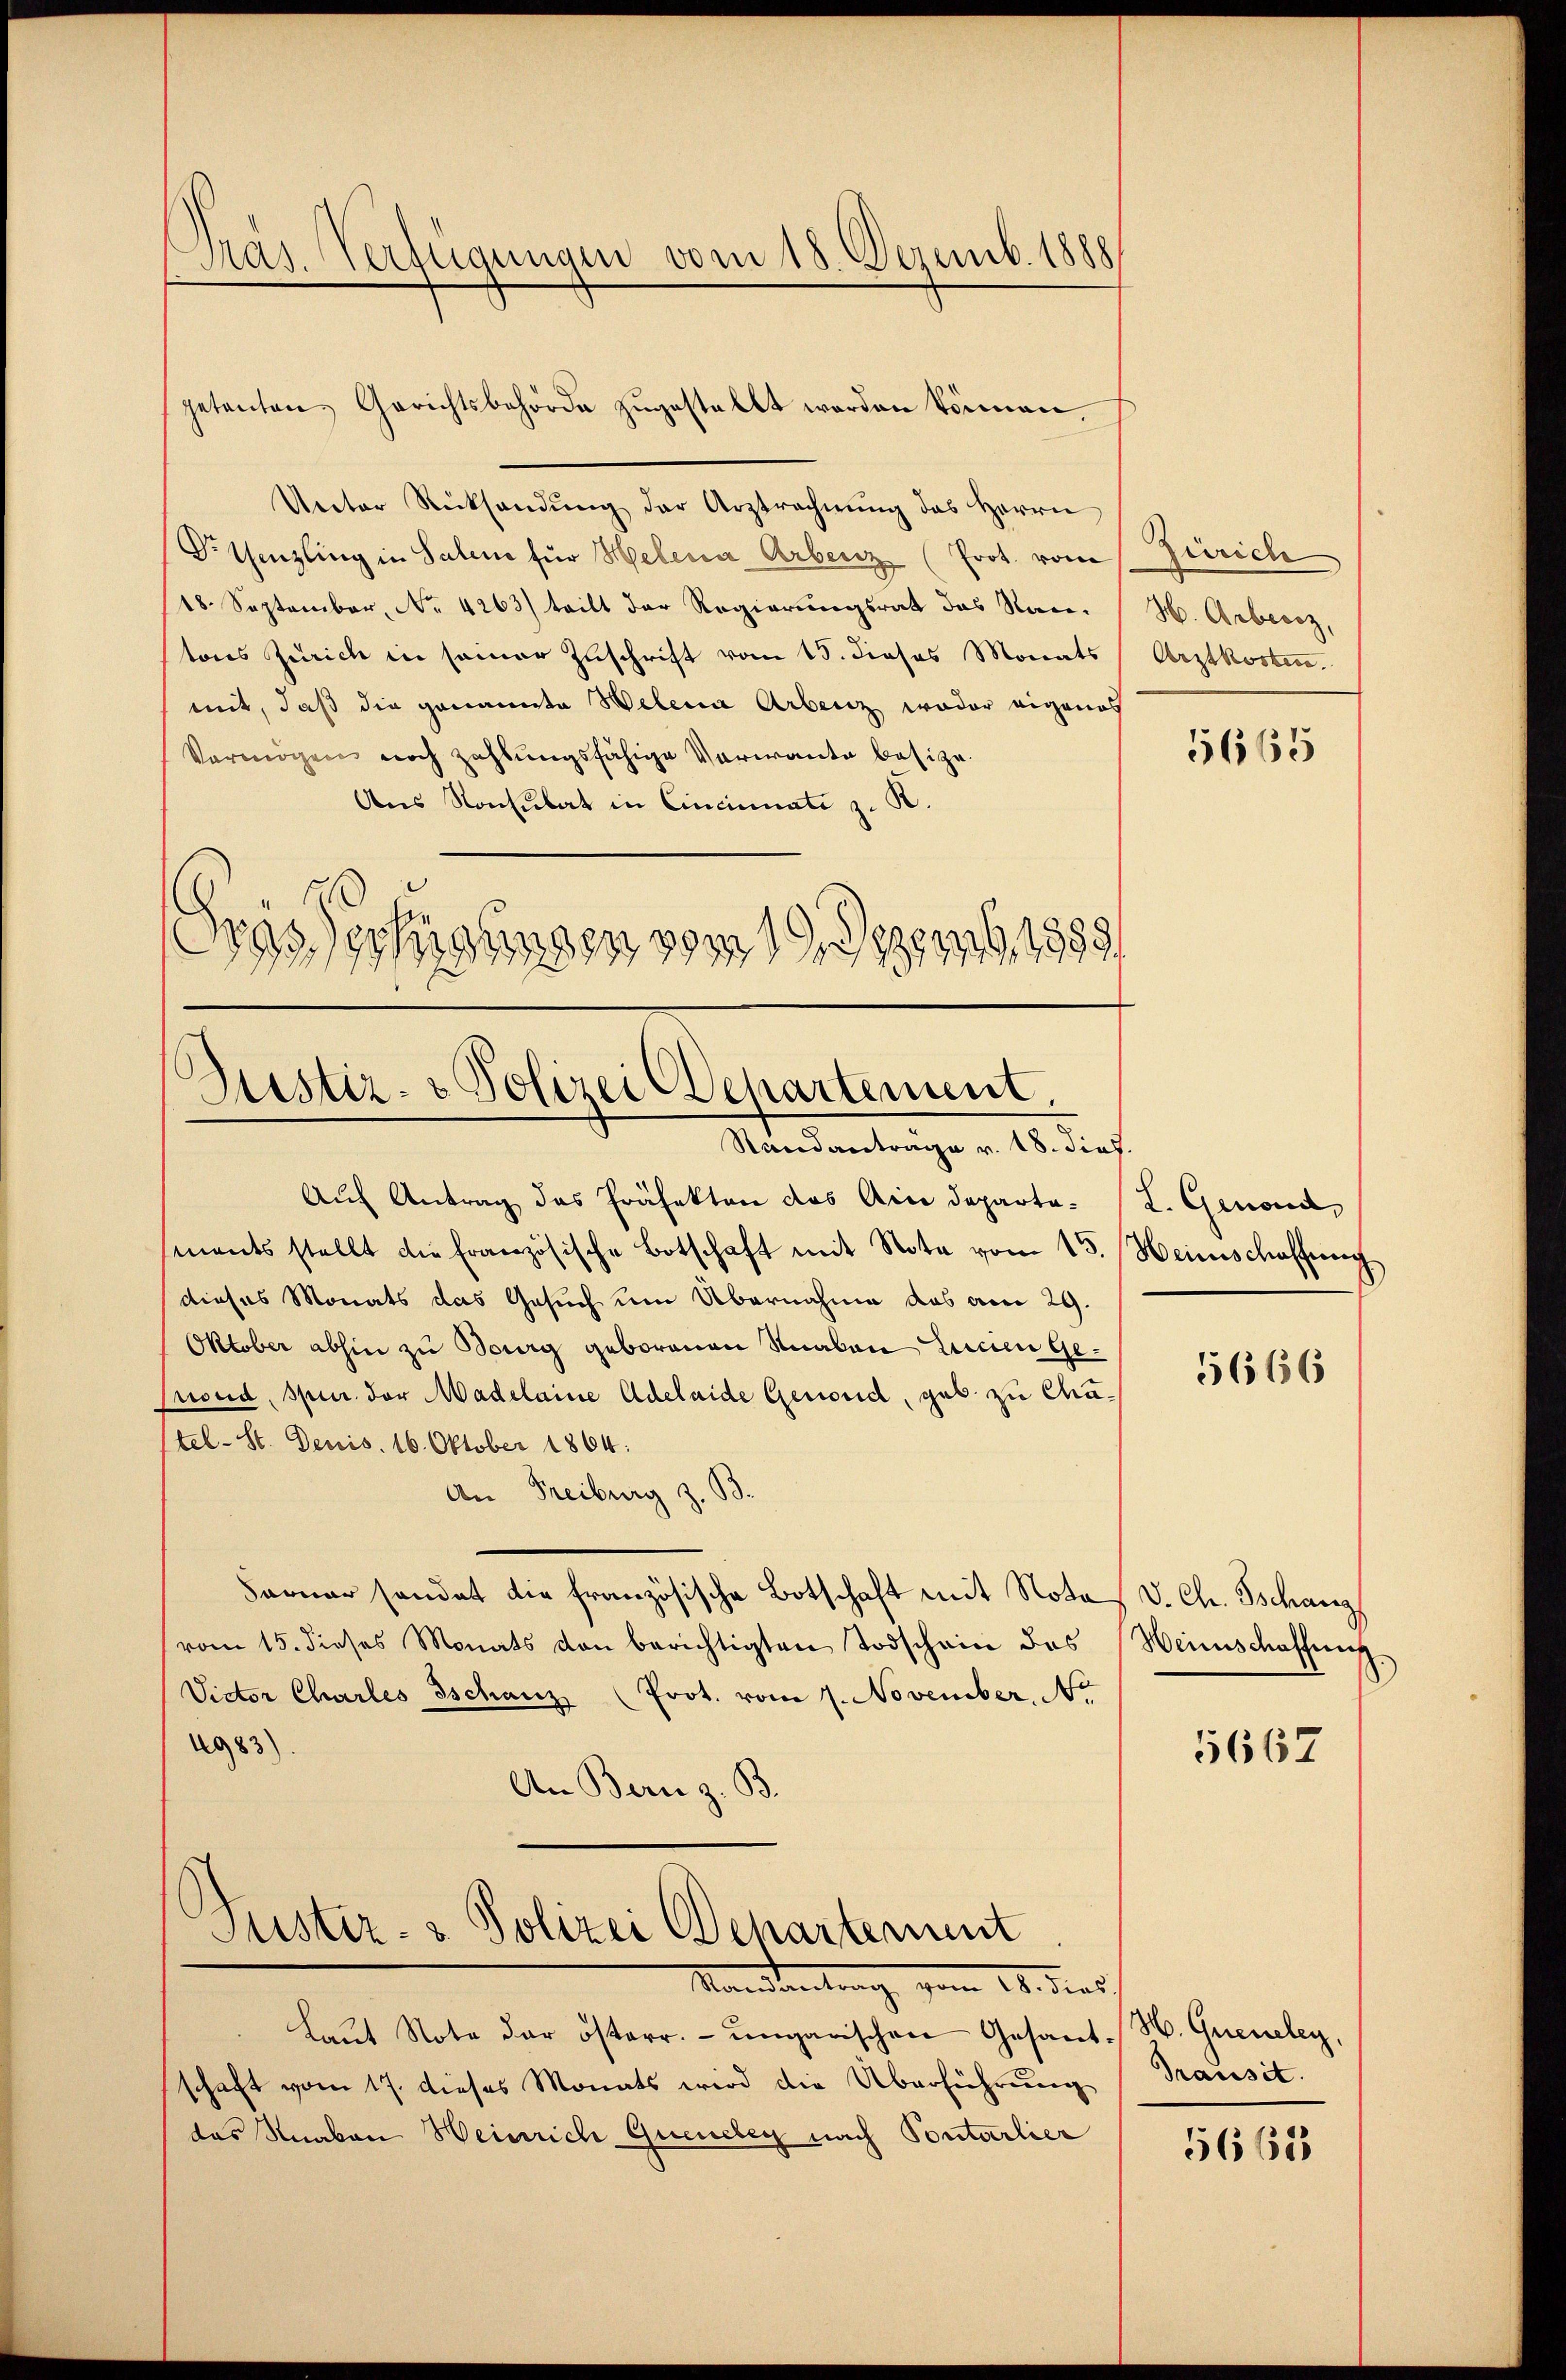
Präs. Verfügungen vom 18. Dezemb. 1888

Unter Rücksendung der Arztrechnŭng des Herrn
Dr. Genzling in Saline für Helena Arbeiz (Prot. vom
18. September, No. 4263) teilt der Regierungsrat des Nan. H. Arbeitz,
tons Zürich in seiner Zuschrift vom 15. dieses Monats Arztkosten.
mit, daß die genannte Welena Arbeitz weder eigenes
Vermögen noch zahlungsfähige Verwante besitze
Aus Konsulat in Cincinati z. B.
rassessungen vom 19. 289, 1889/

petenten Gerichtsbehörde zŭgestellt worden können,

Zustiz- & Polizei Departement,
Standanträge v. 18. dies.

Justiz- & Polizei Behartement
Mandantrag vom 14. dies

Aŭf Antrag das Präfekten das Ain Departe. (T. Genond,
mants stellt die französische Botschaft mit Note vom 15. Heimschaffec
dieses Monats das Gesuch um Übernahme das am 29.
Oktober abhin zu Burg geborenen Knaben Einen Geond, Spur. der Madelaine Adelaide Geword, geb. zu Chatel. St. Denis. 16. Oktober 1864.
An Freiburg z. B.
Farner handet die französische Botschaft mit Note v. Ch. Tschang
vom 15. dieses Monats von berichtigten Todschein das Weinschaffung
Victor Charlés Tschanz (Prot. vom 7. November. No
1983)
An Bern z. B.

Laŭt Note der österr. ungarischen Gesand-H. Grenzeley,
schaft vom 17. dieses Monats wird die Überführung
das Knaben Heinrich Queneley nach Ponterlier

Zürich

5665

5666

5667

Prausit.

5668